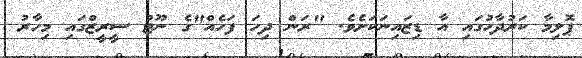
ޕޮލިމާ ކަރުދާހުގައި އާ ޑިޒައިނަކަށެވެ. "ރަން ދިހަ ފަހެއް"ގެ ނޫޓު ސީރީޒްގައި މިހާރު